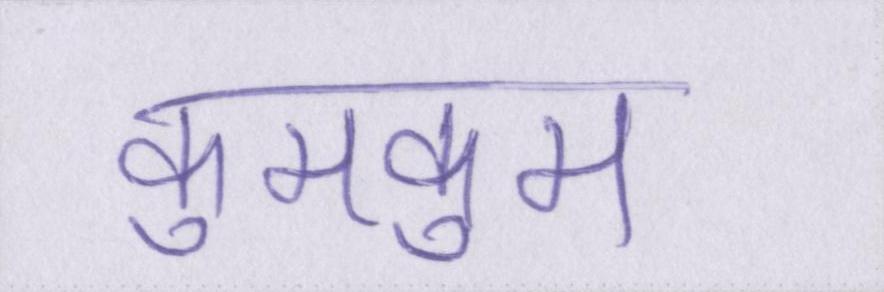
कुमकुम